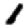
Digit: 1